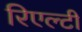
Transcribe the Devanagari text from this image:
रिएल्टी